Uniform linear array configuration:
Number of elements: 16
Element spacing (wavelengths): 0.5
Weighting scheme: cosine
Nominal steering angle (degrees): -15
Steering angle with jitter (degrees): -15.427
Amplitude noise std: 0.05
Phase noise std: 0.05

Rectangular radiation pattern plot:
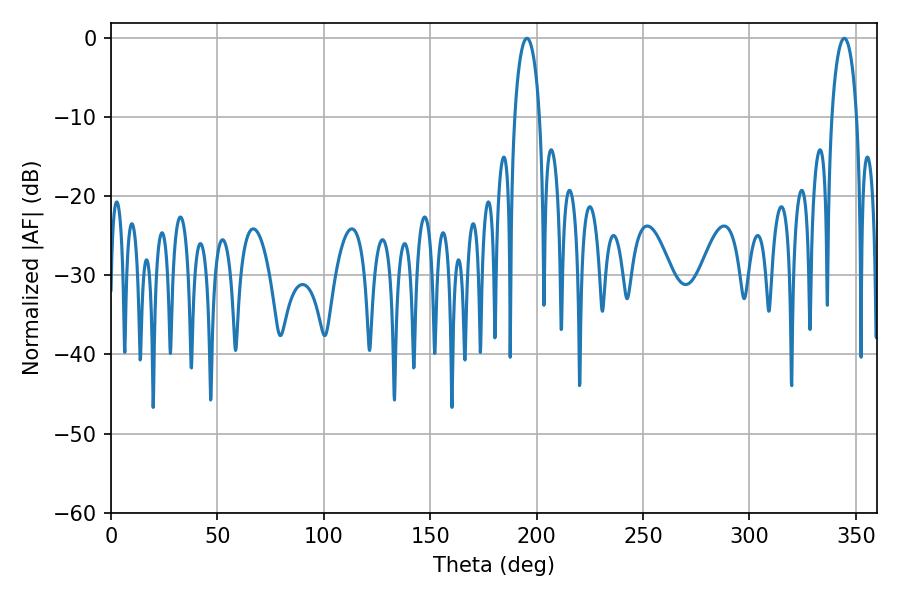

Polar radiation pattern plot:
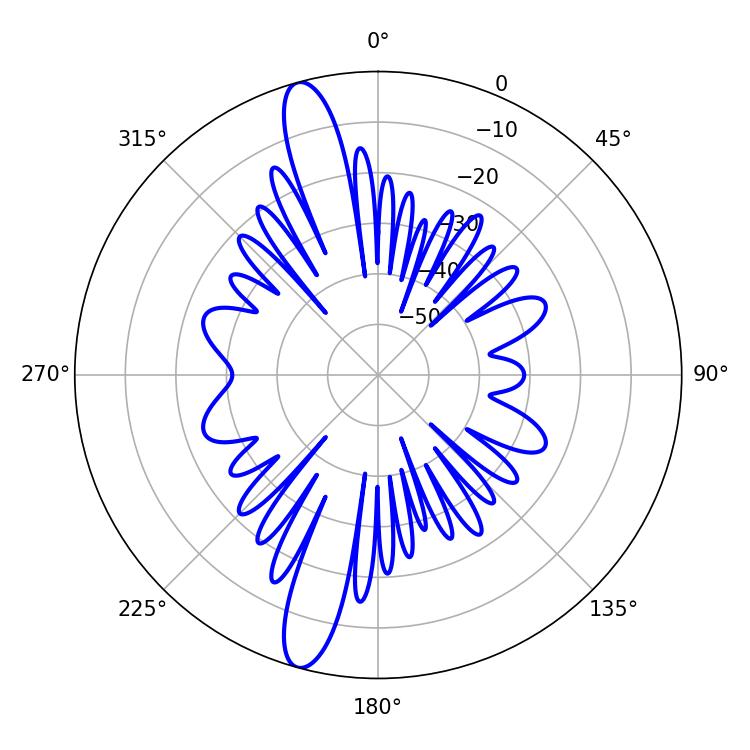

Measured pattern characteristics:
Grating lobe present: FALSE
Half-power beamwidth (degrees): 6.84
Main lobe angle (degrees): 195.48